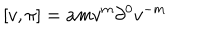
\lbrack v , \pi ] = a m v ^ { m } \partial ^ { 0 } v ^ { - m }